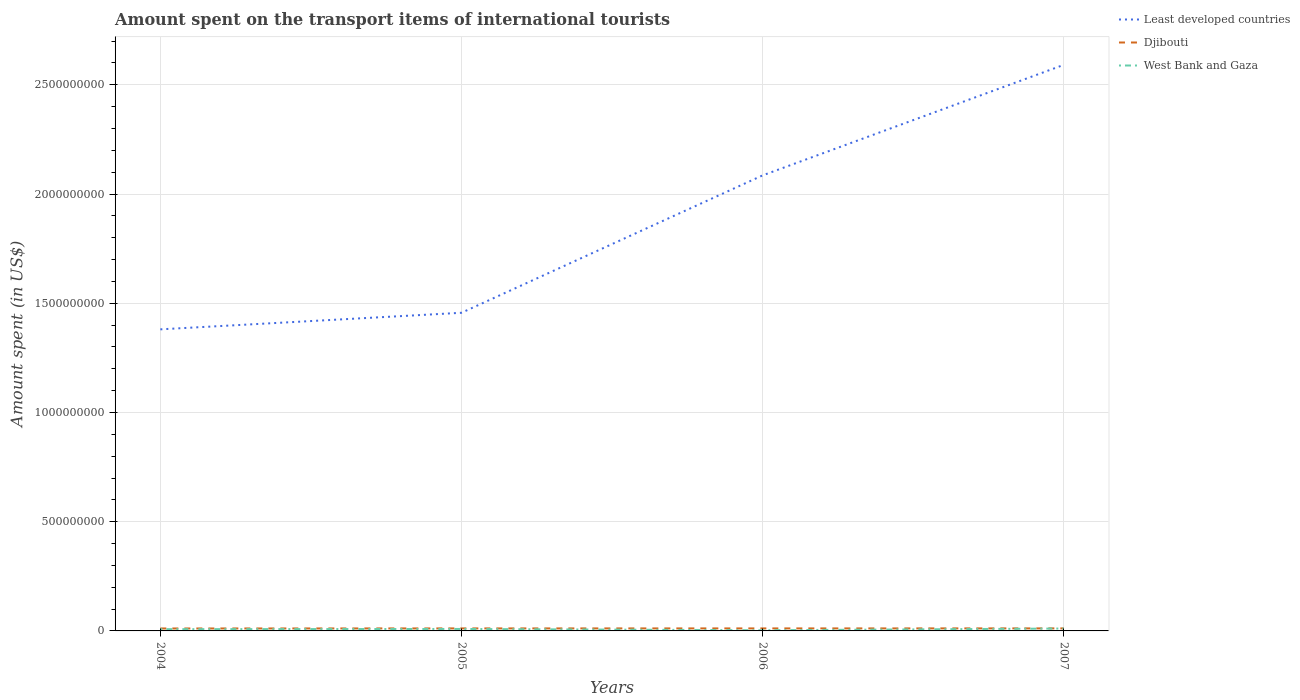
| Years | Least developed countries | Djibouti | West Bank and Gaza |
 | --- | --- | --- | --- |
 | 2004 | 1.38e+09 | 1.12e+07 | 8e+06 |
 | 2005 | 1.46e+09 | 1.15e+07 | 9e+06 |
 | 2006 | 2.09e+09 | 1.15e+07 | 3e+06 |
 | 2007 | 2.59e+09 | 1.16e+07 | 1.1e+07 |